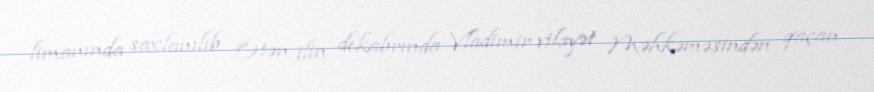
limanında saxlanılıb Ötən ilin dekabrında Vladimir vilayət Məhkəməsindən qaçan